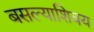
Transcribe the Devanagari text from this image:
बसल्याशिवय